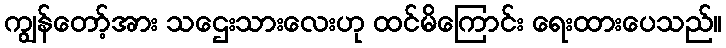
ကျွန်တော့်အား သဌေးသားလေးဟု ထင်မိကြောင်း ရေးထားပေသည်။